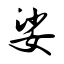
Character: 娑